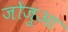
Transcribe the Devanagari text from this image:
जोज़ुआ